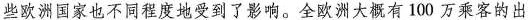
些欧洲国家也不同程度地受到了影响。全欧洲大概有100万乘客的出